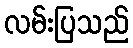
လမ်းပြသည်